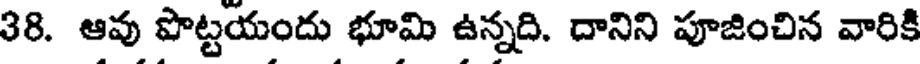
38. ఆవు పొట్టయందు భూమి ఉన్నది. దానిని పూజించిన వారికి